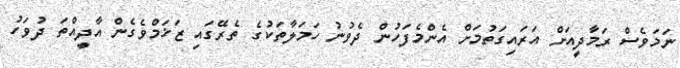
ނަމަވެސް ރަމާދީއަށް އަރައިގަތުމަށް އެންމެފަހުން ދެވުނު ހަމަލާތަކުގެ ތެރޭގައި ޒަޚަމްވެގެން އާދީއްތަ ދުވަހު